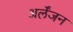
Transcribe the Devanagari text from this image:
अर्लेंजन